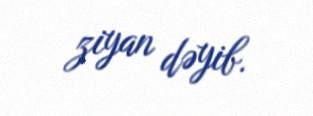
ziyan dəyib.